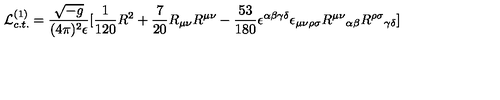
{ \cal L } _ { c . t . } ^ { ( 1 ) } = { \frac { \sqrt { - g } } { ( 4 \pi ) ^ { 2 } \epsilon } } \lbrack { \frac { 1 } { 1 2 0 } } R ^ { 2 } + { \frac { 7 } { 2 0 } } R _ { \mu \nu } R ^ { \mu \nu } - { \frac { 5 3 } { 1 8 0 } } \epsilon ^ { \alpha \beta \gamma \delta } \epsilon _ { \mu \nu \rho \sigma } { R ^ { \mu \nu } } _ { \alpha \beta } { R ^ { \rho \sigma } } _ { \gamma \delta } \rbrack